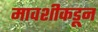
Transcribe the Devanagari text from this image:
मावशीकडून